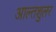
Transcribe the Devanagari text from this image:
आल्तशुलर